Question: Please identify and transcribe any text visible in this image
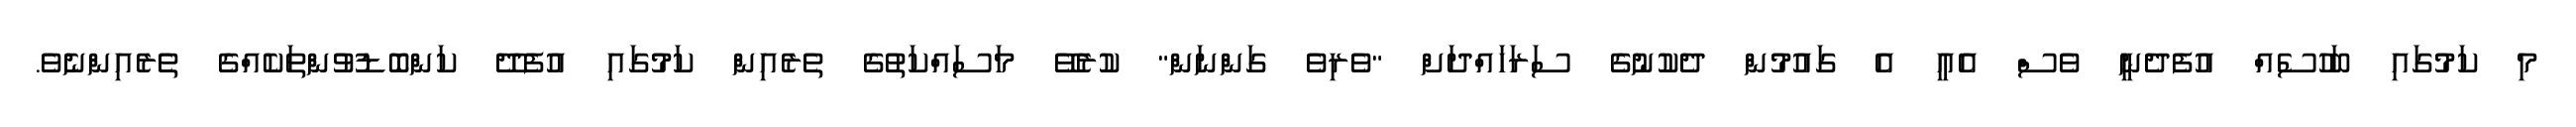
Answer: މި ކަމުގައި ބަހުސެއް އުފެދެނީ ވެސް އެއީ އެ ގައުމުން ދެކުނުގެ ސަރަހައްދަށް "ވެރިވެ ގަންނަން" ކުރެވޭ މަސައްކަތުގެ ތެރެއިން ކަމުގައި އުފެދޭ ކަންބޮޑުވުންތަކެއްގެ ތެރެއިންނެވެ.